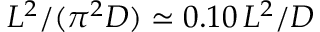
L ^ { 2 } / ( \pi ^ { 2 } D ) \simeq 0 . 1 0 \, L ^ { 2 } / D